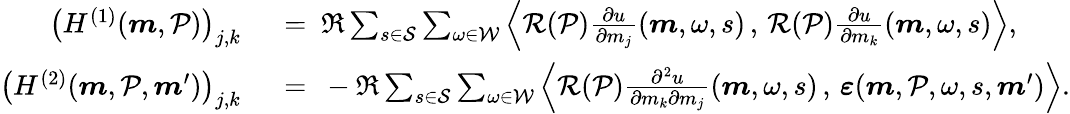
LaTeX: \begin{array}{rl}{\left(H^{(1)}(\boldsymbol{m},\mathcal{P})\right)_{j,k}}&{\ =\ \Re\sum_{s\in\mathcal{S}}\sum_{\omega\in\mathcal{W}}\left\langle\mathcal{R}(\mathcal{P})\frac{\partial u}{\partial m_{j}}(\boldsymbol{m},\omega,s)\, ,\, \mathcal{R}(\mathcal{P})\frac{\partial u}{\partial m_{k}}(\boldsymbol{m},\omega,s)\right\rangle,}\\ {\left(H^{(2)}(\boldsymbol{m},\mathcal{P},\boldsymbol{m}^{\prime})\right)_{j,k}}&{\ =\ -\Re\sum_{s\in\mathcal{S}}\sum_{\omega\in\mathcal{W}}\left\langle\mathcal{R}(\mathcal{P})\frac{\partial^{2}u}{\partial m_{k}\partial m_{j}}(\boldsymbol{m},\omega,s)\, ,\, \boldsymbol{\varepsilon}(\boldsymbol{m},\mathcal{P},\omega,s,\boldsymbol{m}^{\prime})\right\rangle.}\end{array}